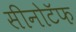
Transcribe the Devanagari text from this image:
सीनोटॅफ